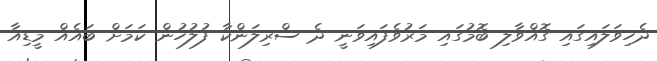
ދެހިވަލައިގައި ގޮއްވާލި ބޮމުގައި މަރުވެފައިވަނީ ދެ ސްރިލަންކާ ފުލުހުން ކަމަށް ބައެއް މީޑިއާ